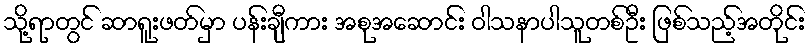
သို့ရာတွင် ဆာရူးဖတ်မှာ ပန်းချီကား အစုအဆောင်း ဝါသနာပါသူတစ်ဦး ဖြစ်သည့်အတိုင်း